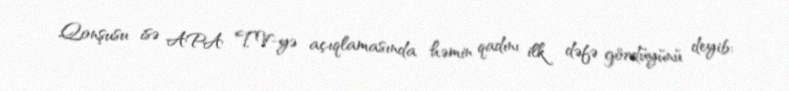
Qonşusu isə APA TV-yə açıqlamasında həmin qadını ilk dəfə gördüyünü deyib: